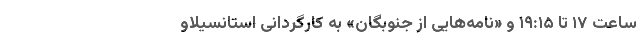
ساعت ۱۷ تا ۱۹:۱۵ و «نامه‌هایی از جنوبگان» به کارگردانی استانسیلاو